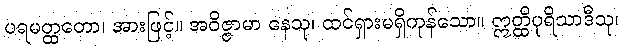
ပရမတ္ထတော၊ အားဖြင့်။ အဝိဇ္ဇာမာ နေသု၊ ထင်ရှားမရှိကုန်သော။ ဣတ္ထိပုရိသာဒီသု၊